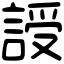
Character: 䛵